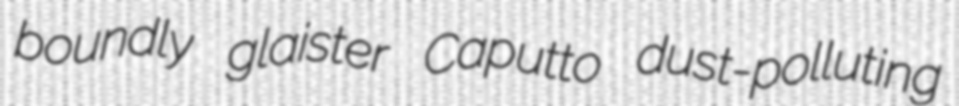
boundly glaister Caputto dust-polluting